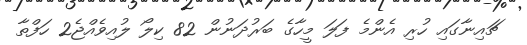
ޗައިނާގައި ހުރި އެންމެ ފަލަ މީހާގެ ބަރުދަނުން 82 ކިލޯ ލުއިވެއްޖެ2 ހަފްތާ